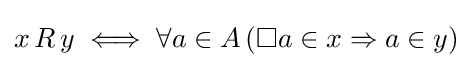
x\,R\,y\iff \forall a\in A\,(\Box a\in x\Rightarrow a\in y)